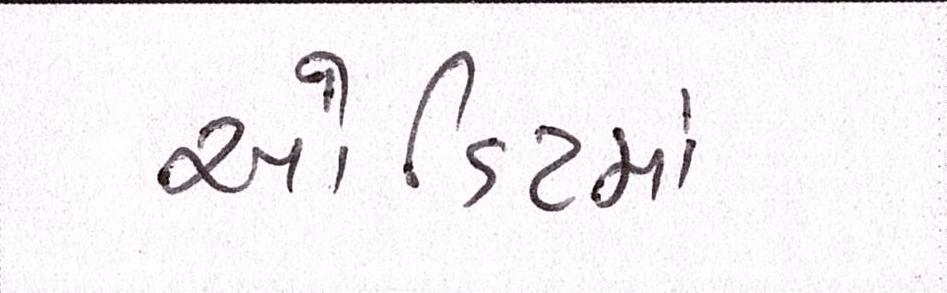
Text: ઓડિટમાં